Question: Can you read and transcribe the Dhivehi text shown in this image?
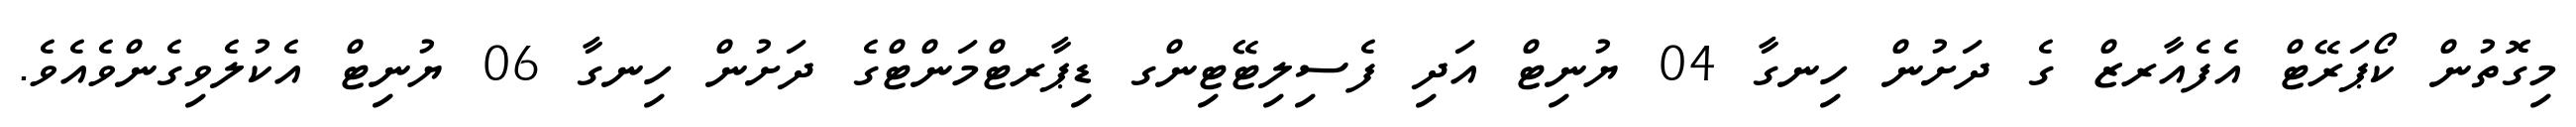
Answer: މިގޮތުން ކޯޕަރޭޓް އެފެއާރޒް ގެ ދަށުން ހިނގާ 04 ޔުނިޓް އަދި ފެސިލިޓޭޓިންގ ޑިޕާރޓްމަންޓްގެ ދަށުން ހިނގާ 06 ޔުނިޓް އެކުލެވިގެންވެއެވެ.